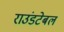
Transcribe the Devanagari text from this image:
राउंडटेबल